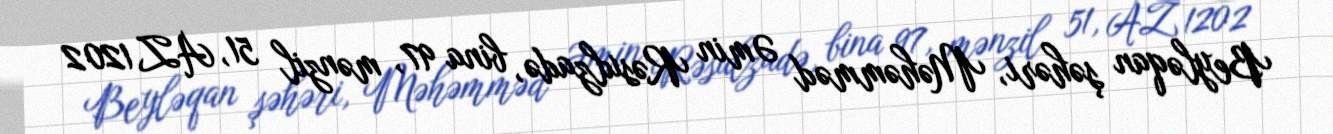
Beyləqan şəhəri, Məhəmməd Əmin Rəsulzadə, bina 97, mənzil 51, AZ 1202